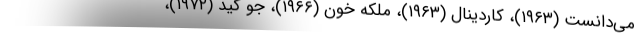
می‌دانست (۱۹۶۳)، کاردینال (۱۹۶۳)، ملکه خون (۱۹۶۶)، جو کید (۱۹۷۲)،